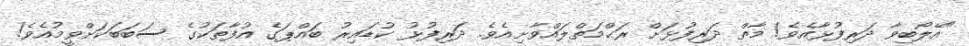
"އޭލޯބިވާ ދަރިފުޅާއެވެ! މާތް ދަރިފުޅަށް ރަޙްމަތްލައްވާށިއެވެ. ދަރިފުޅު ކުޑައިރު ބައްޕަގެ އުފާތަކުގެ ސަބަބަކަށްވީމުއެވެ!